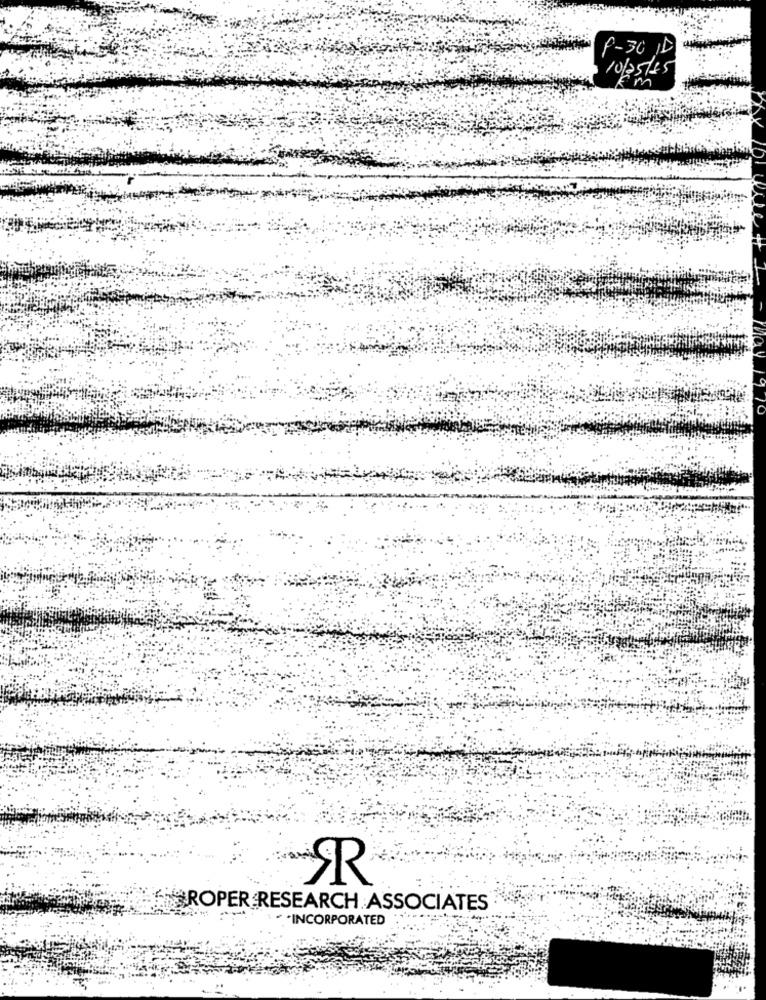
f-30 1D
10/25/15
R
ROPER RESEARCH ASSOCIATES
** INCORPORATED